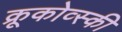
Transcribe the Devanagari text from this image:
क्रूकोव्स्की